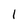
Character: I